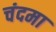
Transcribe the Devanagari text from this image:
चंदमा